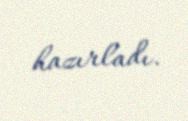
hazırladı.